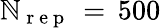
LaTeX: \mathbb{N}_{\mathrm{{~r~e~p~}}}\, =\, 500